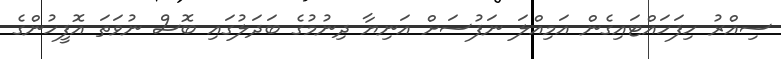
ސިއްރު ހިފަހައްޓައިގެން އަމިއްލަ ނަފުސަށް އަނިޔާ ދިނުމުގެ ބަދަލުގައި ބޮސް ނުވަތަ އޮފީހުންގެ